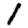
Digit: 1